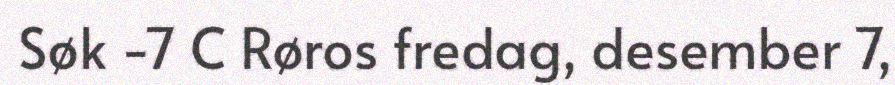
Søk -7 C Røros fredag, desember 7,